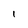
Character: l